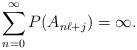
LaTeX: \begin{align*}\sum_{n=0}^{\infty} P(A_{n\ell+j}) = \infty.\end{align*}